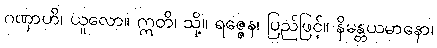
ဂဏှာဟိ၊ ယူလော။ ဣတိ၊ သို့။ ရဇ္ဇေန၊ ပြည်ဖြင့်။ နိမန္တယမာနော၊